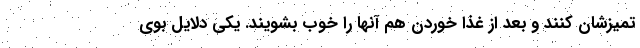
تمیزشان کنند و بعد از غذا خوردن هم آنها را خوب بشویند. یکی دلایل بوی